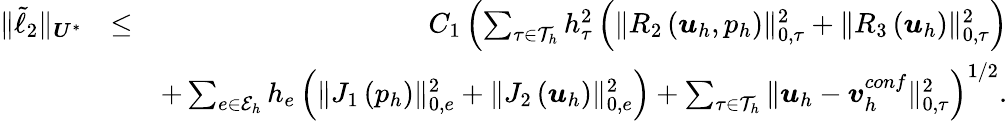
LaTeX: \begin{array}{rlr}{\| \tilde{\ell}_{2}\| _{\boldsymbol{U}^{*}}}&{\leq}&{C_{1}\left(\sum_{\tau\in\mathcal{T}_{h}}h_{\tau}^{2}\left(\| R_{2}\left(\boldsymbol{u}_{h},{p}_{h}\right)\| _{0,\tau}^{2}+\| R_{3}\left(\boldsymbol{u}_{h}\right)\| _{0,\tau}^{2}\right)\right.}\\ &{}&{\left.+\sum_{e\in\mathcal{E}_{h}}h_{e}\left(\| J_{1}\left({p}_{h}\right)\| _{0,e}^{2}+\| J_{2}\left(\boldsymbol{u}_{h}\right)\| _{0,e}^{2}\right)+\sum_{\tau\in\mathcal{T}_{h}}\| \boldsymbol{u}_{h}-\boldsymbol{v}_{h}^{conf}\| _{0,\tau}^{2}\right)^{1/2}.}\end{array}